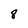
Character: 8